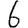
Digit: 6